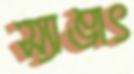
স্যাঙাৎ